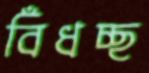
বিঁধচ্ছ